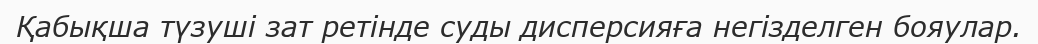
Қабықша түзуші зат ретінде суды дисперсияға негізделген бояулар.